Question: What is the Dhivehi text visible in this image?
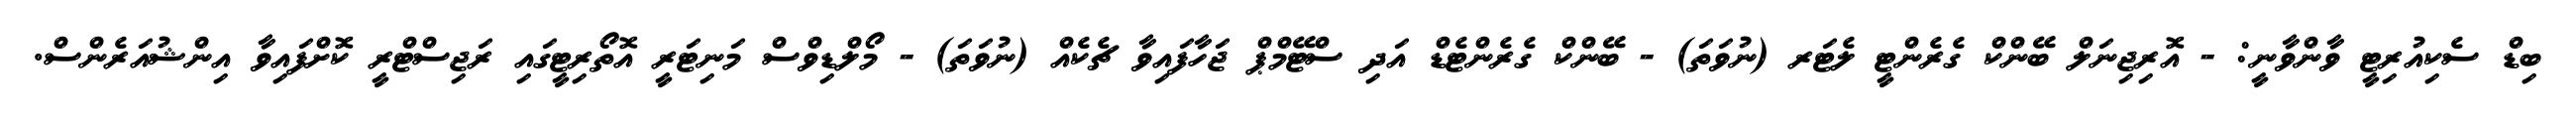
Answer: ބިޑް ސެކިއުރިޓީ ވާންވާނީ: - އޮރިޖިނަލް ބޭންކް ގެރެންޓީ ލެޓަރ (ނުވަތަ) - ބޭންކް ގެރެންޓެޑް އަދި ސްޓޭމްޕް ޖަހާފައިވާ ޗެކެއް (ނުވަތަ) - މޯލްޑިވްސް މަނިޓަރީ އޮތޯރިޓީގައި ރަޖިސްޓްރީ ކޮށްފައިވާ އިންޝުއަރެންސް.